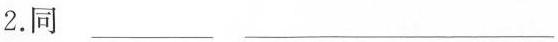
2.同___ ___